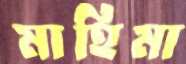
মাহিমা